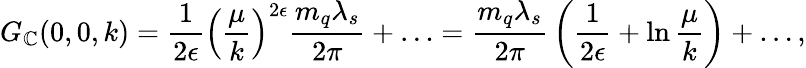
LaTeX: G_{\mathbb{C}}(0,0,k)={\frac{{1}}{{2\epsilon}}}\left({\frac{{\mu}}{{k}}}\right)^{2\epsilon}{\frac{{m_{q}\lambda_{s}}}{{2\pi}}}+\ldots={\frac{{m_{q}\lambda_{s}}}{{2\pi}}}\left({\frac{{1}}{{2\epsilon}}}+\ln{\frac{{\mu}}{{k}}}\right)+\ldots,